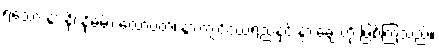
ရသော နွားနို့၊ နို့ဓမ်း၊ ထောပတ်၊ နွားကျင်ငယ်ရည်နှင့် နွားချေးတို့ ဖြစ်ကြသည်။